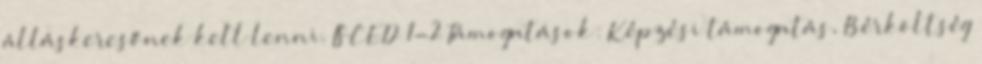
álláskeresőnek kell lenni. ISCED 1-2 Támogatások: Képzési támogatás, Bérköltség